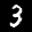
Label: 3